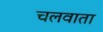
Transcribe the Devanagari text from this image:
चलवाता